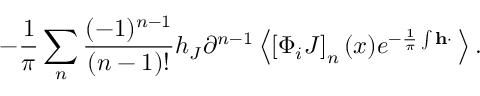
- \frac { 1 } { \pi } \sum _ { n } ^ { } \frac { ( - 1 ) ^ { n - 1 } } { ( n - 1 ) ! } h _ { J } \partial ^ { n - 1 } \left< \left[ \Phi _ { i } J \right] _ { n } ( x ) e ^ { - \frac { 1 } { \pi } \int { \bf h \cdot \Phi } } \right> .